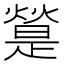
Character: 𤐔